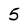
Character: 5